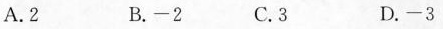
A. 2 B. -2 C. 3 D. -3